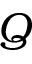
\boldsymbol { Q }